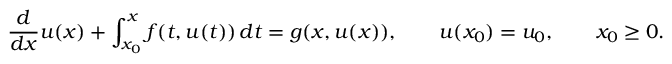
{ \frac { d } { d x } } u ( x ) + \int _ { x _ { 0 } } ^ { x } f ( t , u ( t ) ) \, d t = g ( x , u ( x ) ) , \qquad u ( x _ { 0 } ) = u _ { 0 } , \qquad x _ { 0 } \geq 0 .